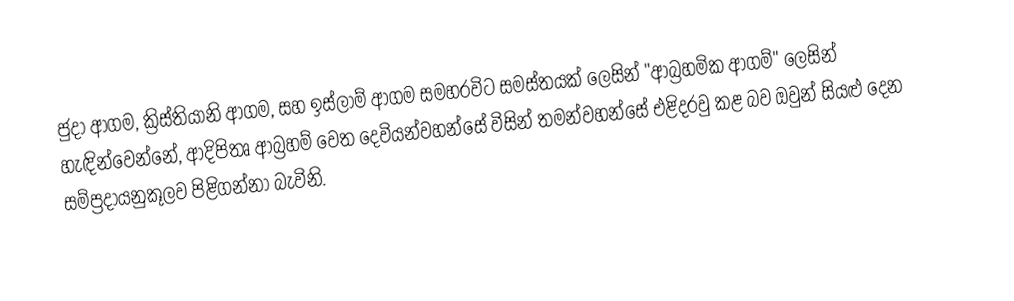
ජුදා ආගම, ක්‍රිස්තියානි ආගම, සහ ඉස්ලාම් ආගම සමහරවිට සමස්තයක් ලෙසින් "ආබ්‍රහමික ආගම්" ලෙසින් හැඳින්වෙන්නේ, ආදිපිතෘ ආබ්‍රහම් වෙත දෙවියන්වහන්සේ විසින්  තමන්වහන්සේ එළිදරවු කළ බව ඔවුන් සියළු දෙන සම්ප්‍රදායනුකූලව පිළිගන්නා බැවිනි.